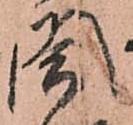
閤